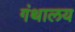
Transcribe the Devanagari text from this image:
गंथालय